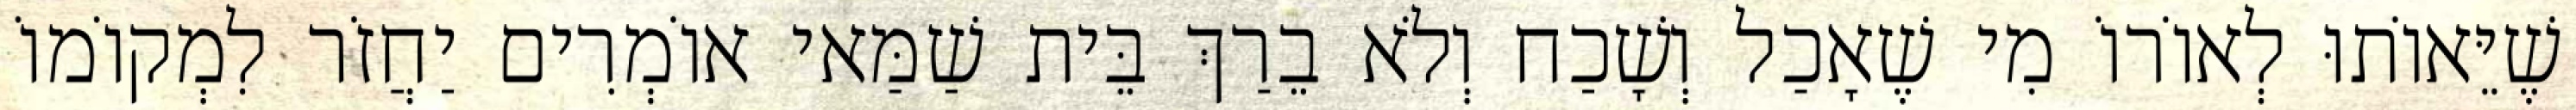
שֶׁיֵּאוֹתוּ לְאוֹרוֹ מִי שֶׁאָכַל וְשָׁכַח וְלֹא בֵרַךְ בֵּית שַׁמַּאי אוֹמְרִים יַחֲזֹר לִמְקוֹמוֹ